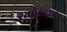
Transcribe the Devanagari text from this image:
स्टीफनने